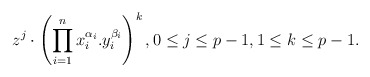
\begin{align*} z^j\cdot \left(\prod_{i=1}^n x_i^{\alpha_i}.y_i^{\beta_i}\right)^k, 0\le j\le p-1, 1\le k \le p-1.\end{align*}